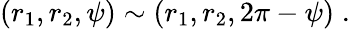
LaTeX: (r_{1},r_{2},\psi)\sim(r_{1},r_{2},2\pi-\psi)\; .